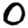
Digit: 0